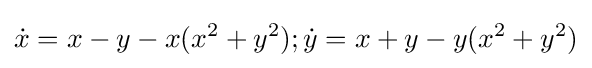
{\dot {x}}=x-y-x(x^{2}+y^{2});{\dot {y}}=x+y-y(x^{2}+y^{2})